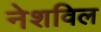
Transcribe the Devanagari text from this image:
नेशविल